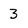
Character: 3